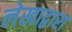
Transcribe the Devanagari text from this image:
लेखाद्वारा